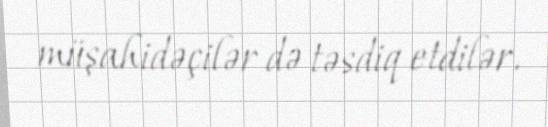
müşahidəçilər də təsdiq etdilər.